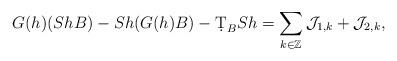
LaTeX: \begin{align*} G(h)( Sh B)-Sh (G(h)B)-\d T_{B} S h =\sum_{k\in\mathbb{Z}} \mathcal{J}_{1,k} + \mathcal{J}_{2,k},\end{align*}